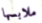
ملابسها